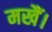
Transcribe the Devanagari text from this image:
मखैं।